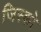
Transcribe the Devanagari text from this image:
जिस्को